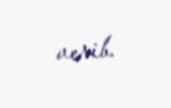
verib.